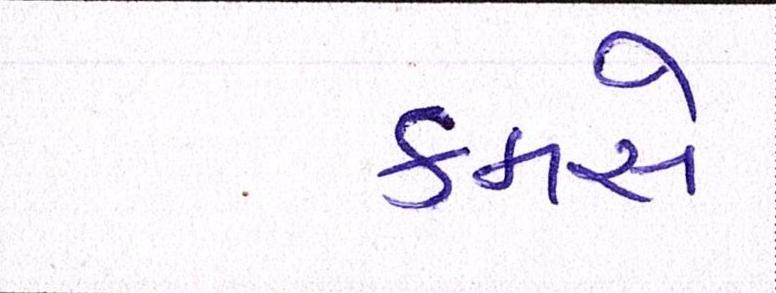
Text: કમસે